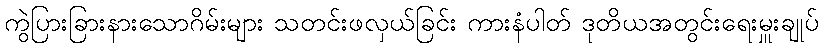
ကွဲပြားခြားနားသောဂိမ်းများ သတင်းဖလှယ်ခြင်း ကားနံပါတ် ဒုတိယအတွင်းရေးမှူးချုပ်